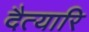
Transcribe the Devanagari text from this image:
दैत्यारि